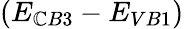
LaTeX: (E_{\mathbb{C}B3}-E_{VB1})